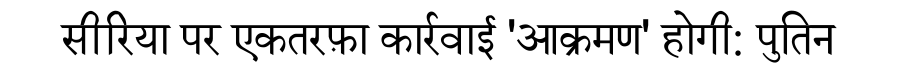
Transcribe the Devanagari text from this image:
सीरिया पर एकतरफ़ा कार्रवाई 'आक्रमण' होगी: पुतिन